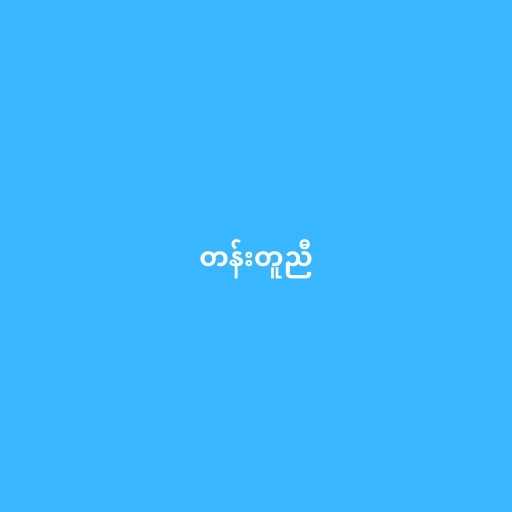
တန်းတူညီ